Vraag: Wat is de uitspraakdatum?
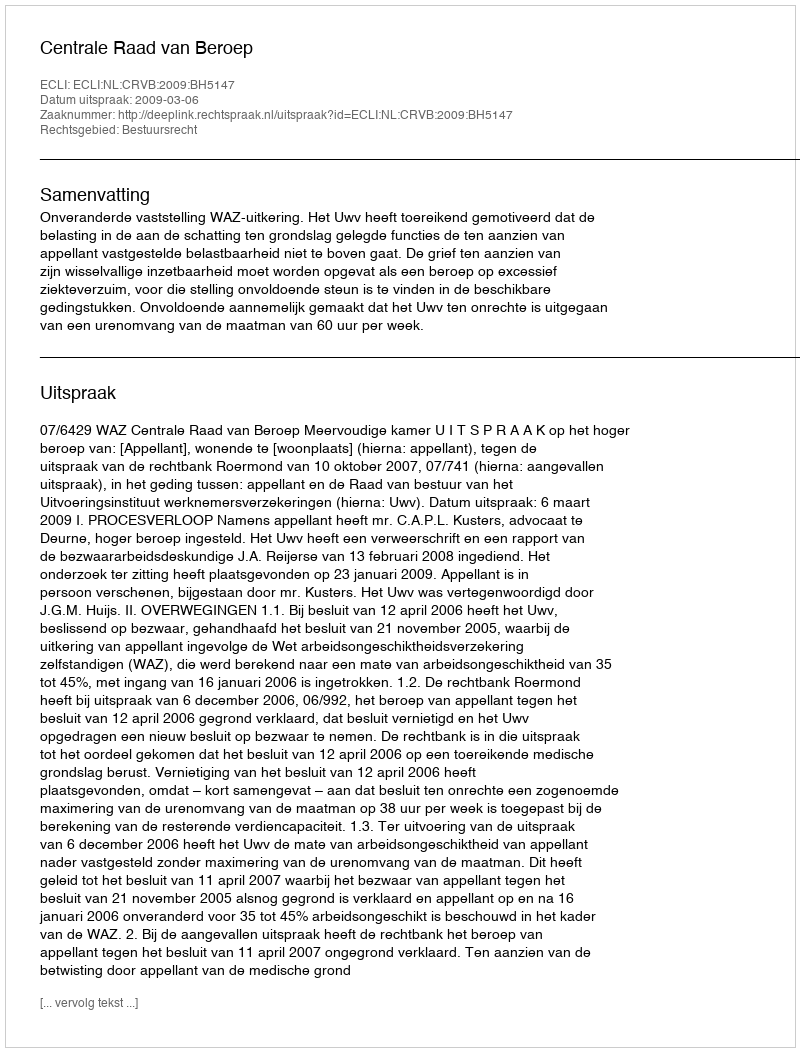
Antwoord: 2009-03-06